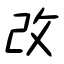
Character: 改